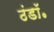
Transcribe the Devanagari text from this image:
ठंडॉ॰